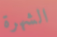
الشهرة